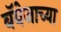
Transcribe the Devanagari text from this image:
बॅबेजाच्या